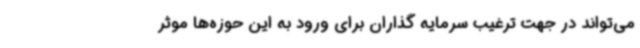
می‌تواند در جهت ترغیب سرمایه گذاران برای ورود به این حوزه‌ها موثر